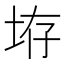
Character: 𪣋